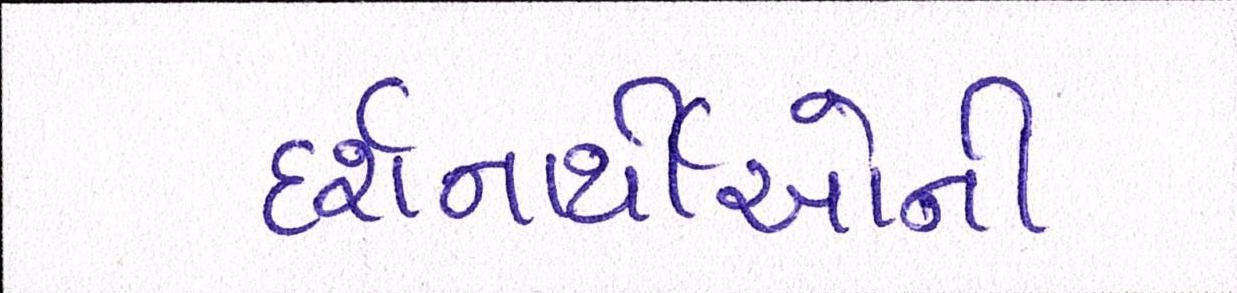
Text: દર્શનાર્થીઓની